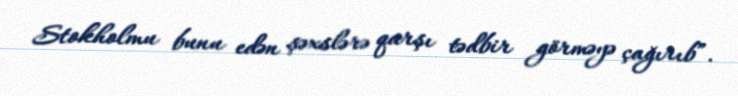
Stokholmu bunu edən şəxslərə qarşı tədbir görməyə çağırıb”.